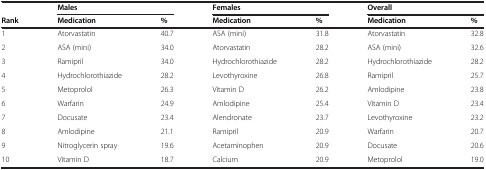
<table><thead><tr><td><b> </b></td><td colspan="2"><b>Males</b></td><td colspan="2"><b>Females</b></td><td colspan="2"><b>Overall</b></td></tr><tr><td><b>Rank</b></td><td><b>Medication</b></td><td><b>%</b></td><td><b>Medication</b></td><td><b>%</b></td><td><b>Medication</b></td><td><b>%</b></td></tr></thead><tbody><tr><td>1</td><td>Atorvastatin</td><td>40.7</td><td>ASA (mini)</td><td>31.8</td><td>Atorvastatin</td><td>32.8</td></tr><tr><td>2</td><td>ASA (mini)</td><td>34.0</td><td>Atorvastatin</td><td>28.2</td><td>ASA (mini)</td><td>32.6</td></tr><tr><td>3</td><td>Ramipril</td><td>34.0</td><td>Hydrochlorothiazide</td><td>28.2</td><td>Hydrochlorothiazide</td><td>28.2</td></tr><tr><td>4</td><td>Hydrochlorothiazide</td><td>28.2</td><td>Levothyroxine</td><td>26.8</td><td>Ramipril</td><td>25.7</td></tr><tr><td>5</td><td>Metoprolol</td><td>26.3</td><td>Vitamin D</td><td>26.2</td><td>Amlodipine</td><td>23.8</td></tr><tr><td>6</td><td>Warfarin</td><td>24.9</td><td>Amlodipine</td><td>25.4</td><td>Vitamin D</td><td>23.4</td></tr><tr><td>7</td><td>Docusate</td><td>23.4</td><td>Alendronate</td><td>23.7</td><td>Levothyroxine</td><td>23.2</td></tr><tr><td>8</td><td>Amlodipine</td><td>21.1</td><td>Ramipril</td><td>20.9</td><td>Warfarin</td><td>20.7</td></tr><tr><td>9</td><td>Nitroglycerin spray</td><td>19.6</td><td>Acetaminophen</td><td>20.9</td><td>Docusate</td><td>20.6</td></tr><tr><td>10</td><td>Vitamin D</td><td>18.7</td><td>Calcium</td><td>20.9</td><td>Metoprolol</td><td>19.0</td></tr></tbody></table>